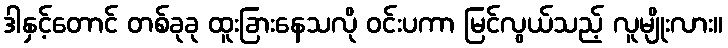
ဒါနှင့်တောင် တစ်ခုခု ထူးခြားနေသလို ဝင်းပကာ မြင်လွယ်သည့် လူမျိုးလား။